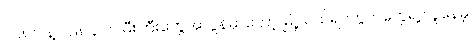
၁၉၈၁ နဲ့ ၁၉၈၄ က မီးကြီးတွေအလွန်မှာတော့ မြို့လယ်ရပ်ကွက်တွေရဲ့ လူနေမှု